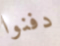
دفنوا